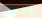
بإخبارك